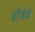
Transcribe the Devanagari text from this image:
बॉर्गचे